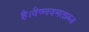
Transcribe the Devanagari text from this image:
है।वैष्णवमताब्ज